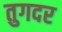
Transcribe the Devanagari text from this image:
तुगदर